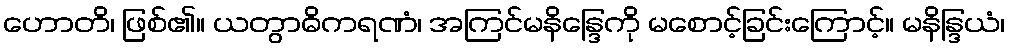
ဟောတိ၊ ဖြစ်၏။ ယတွာဓိကရဏံ၊ အကြင်မနိန္ဒြေကို မစောင့်ခြင်းကြောင့်။ မနိန္ဒြယံ၊